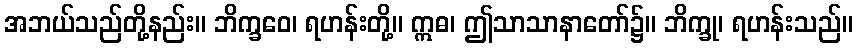
အဘယ်သည်တို့နည်း။ ဘိက္ခဝေ၊ ရဟန်းတို့။ ဣဓ၊ ဤသာသာနာတော်၌။ ဘိက္ခု၊ ရဟန်းသည်။